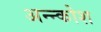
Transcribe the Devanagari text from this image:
अन्‍न्कोश